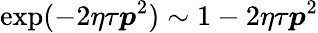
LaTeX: \exp(-2\eta\tau\boldsymbol{p}^{2})\sim 1-2\eta\tau\boldsymbol{p}^{2}